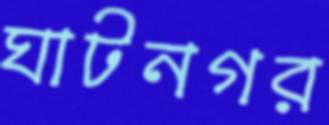
ঘাটনগর